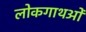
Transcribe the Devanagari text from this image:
लोकगाथओं